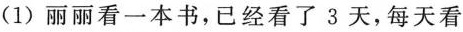
(1)丽丽看一本书，已经看了3天，每天看